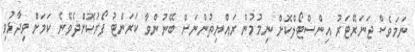
ނަމަވެސް ޖަނަރޭޓަރު އިންސްޓޯލްކޮށް ނިމުމުން ރައްޔިތުންނަށް ބޭނުންވާ ކަރަންޓު ފޯރުކޮށްދެވޭނެ ކަމަށް ވިދާޅުވި